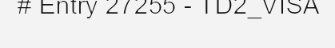
# Entry 27255 - TD2_VISA